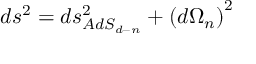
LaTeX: d s ^ { 2 } = d s _ { A d S _ { d - n } } ^ { 2 } + \left( d \Omega _ { n } \right) ^ { 2 }